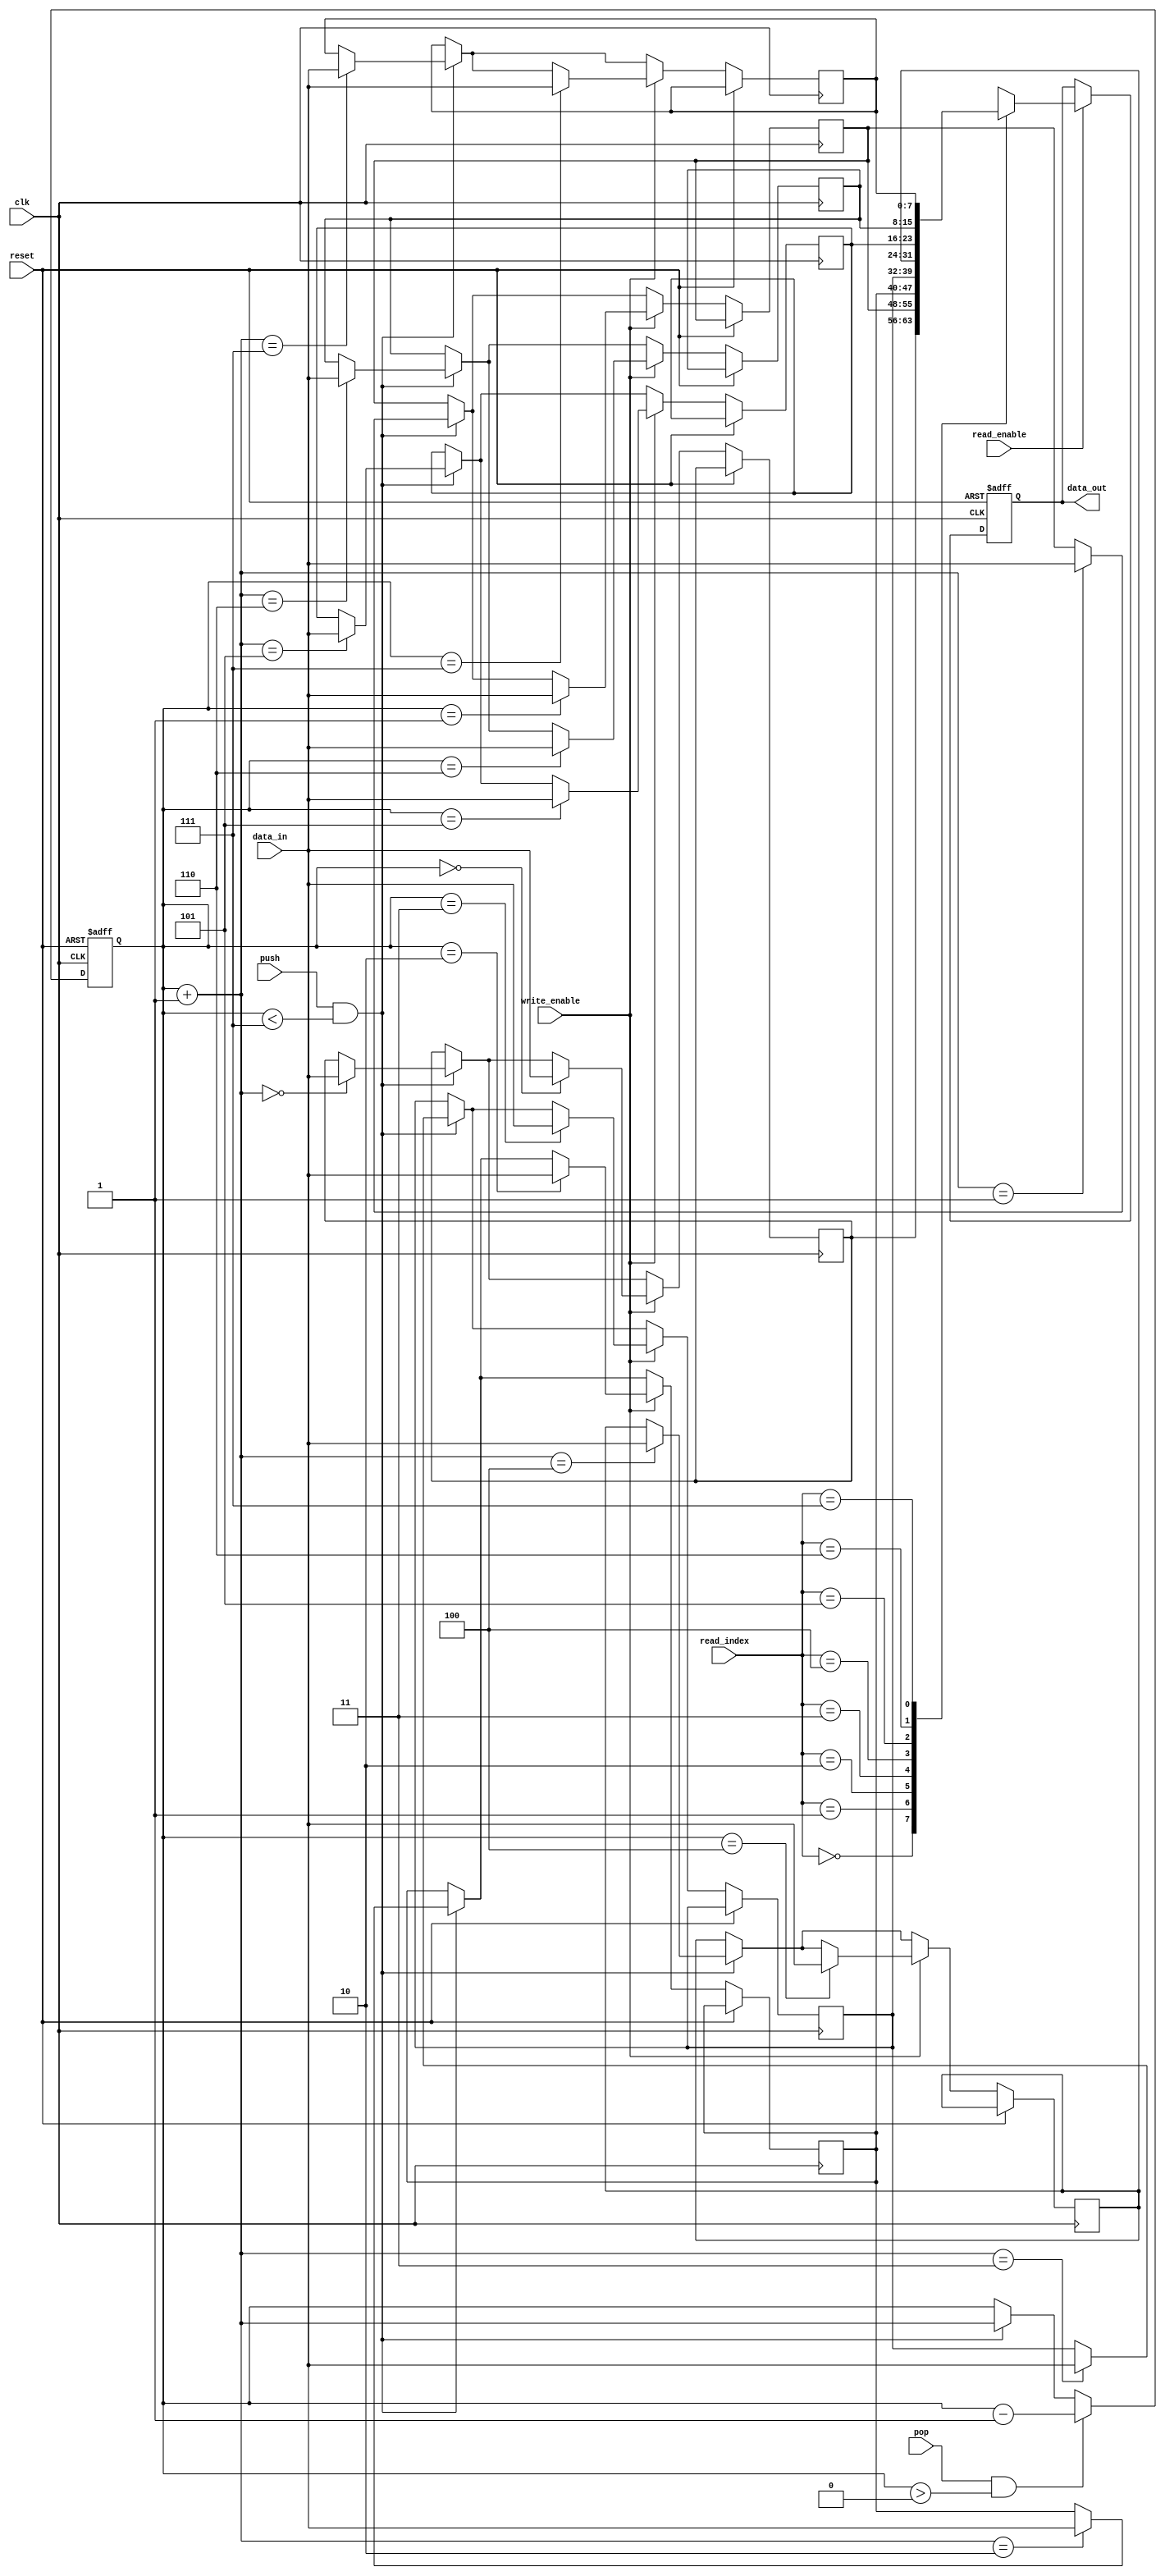
module memory_blocks_stack_rf (
    input wire clk,
    input wire reset,
    input wire write_enable,
    input wire [DATA_WIDTH-1:0] data_in,
    input wire push,
    input wire pop,
    input wire read_enable,
    input wire [STACK_POINTER_WIDTH-1:0] read_index,
    output reg [DATA_WIDTH-1:0] data_out
);

parameter DATA_WIDTH = 8; 
parameter STACK_POINTER_WIDTH = 3;
parameter MEMORY_DEPTH = 8;

reg [DATA_WIDTH-1:0] memory [MEMORY_DEPTH-1:0];
reg [STACK_POINTER_WIDTH-1:0] stack_pointer;

always @ (posedge clk or posedge reset) begin
    if (reset) begin
        stack_pointer <= 0;
        data_out <= 0;
    end else begin
        if (push && stack_pointer < MEMORY_DEPTH-1) begin
            memory[stack_pointer + 1] <= data_in;
            stack_pointer <= stack_pointer + 1;
        end
        if (pop && stack_pointer > 0) begin
            stack_pointer <= stack_pointer - 1;
        end
        if (write_enable) begin
            memory[stack_pointer] <= data_in;
        end
        if (read_enable) begin
            data_out <= memory[read_index];
        end
    end
end

endmodule